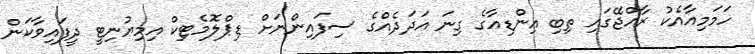
ހަމަމިއާއެކު ރާއްޖޭގައި ތިބި އިންޑިއާގެ ގިނަ އަދަދެއްގެ ސިފައިންނަށް ޑިޕްލޮމެޓިކް އިމިޔުނިޓީ ދީފައިވާކަން